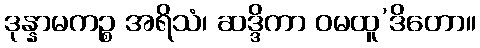
ဒုန္နာမကဉ္စ အရိသံ၊ ဆဒ္ဒိကာ ဝမထူ’ဒိတော။